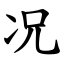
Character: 况